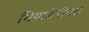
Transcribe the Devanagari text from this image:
गियार्डेनीयरा